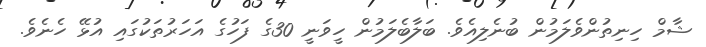
ޝާމް ހިނިތުންވެލަމުން ބުނެލިއެވެ. ބަލާބެލަމުން ހީވަނީ 30ގެ ފަހުގެ އަހަރުތަކުގައި އުޅޭ ހެނެވެ.